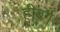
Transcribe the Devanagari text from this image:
हीबर्ग